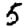
Digit: 5